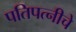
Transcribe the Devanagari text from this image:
पतिपत्नीचे